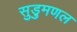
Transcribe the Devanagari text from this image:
सुड़ुमणल